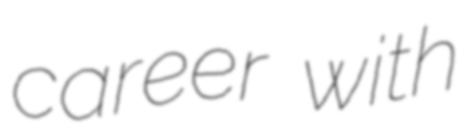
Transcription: career with